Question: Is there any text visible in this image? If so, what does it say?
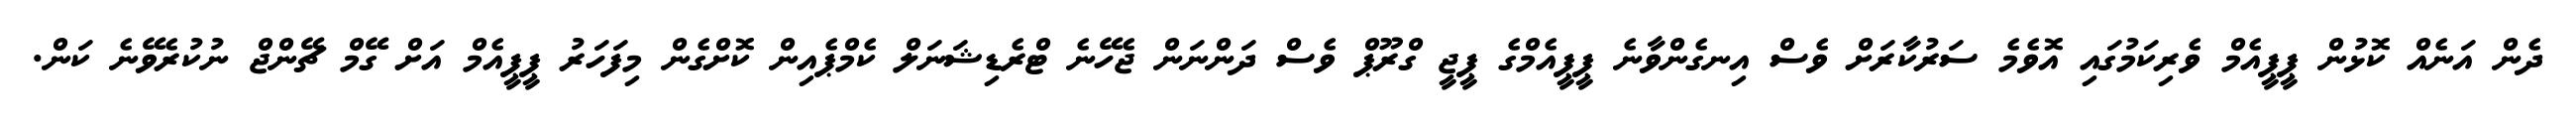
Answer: ދެން އަނެއް ކޮޅުން ޕީޕީއެމް ވެރިކަމުގައި އޮވެމެ ސަރުކާރަށް ވެސް އިނގެންވާނެ ޕީޕީއެމްގެ ޕީޖީ ގްރޫޕް ވެސް ދަންނަން ޖެހޭނެ ޓްރެޑިޝަނަލް ކެމްޕެއިން ކޮށްގެން މިފަހަރު ޕީޕީއެމް އަށް ގޭމް ޗޭންޖް ނުކުރެވޭނެ ކަން.